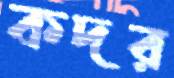
কদর